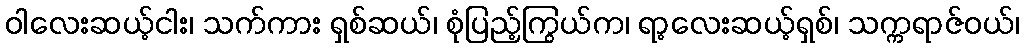
ဝါလေးဆယ့်ငါး၊ သက်ကား ရှစ်ဆယ်၊ စုံပြည့်ကြွယ်က၊ ရာ့လေးဆယ့်ရှစ်၊ သက္ကရာဇ်ဝယ်၊